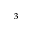
^ { 3 }